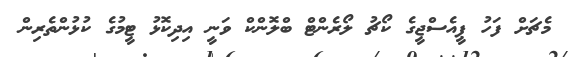
މެޗަށް ފަހު ޕީއެސްޖީގެ ކޯޗު ލޯރެންޓް ބްލޮންކް ވަނީ އިދިކޮޅު ޓީމުގެ ކުޅުންތެރިން